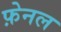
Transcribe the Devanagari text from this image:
फ़ेनल